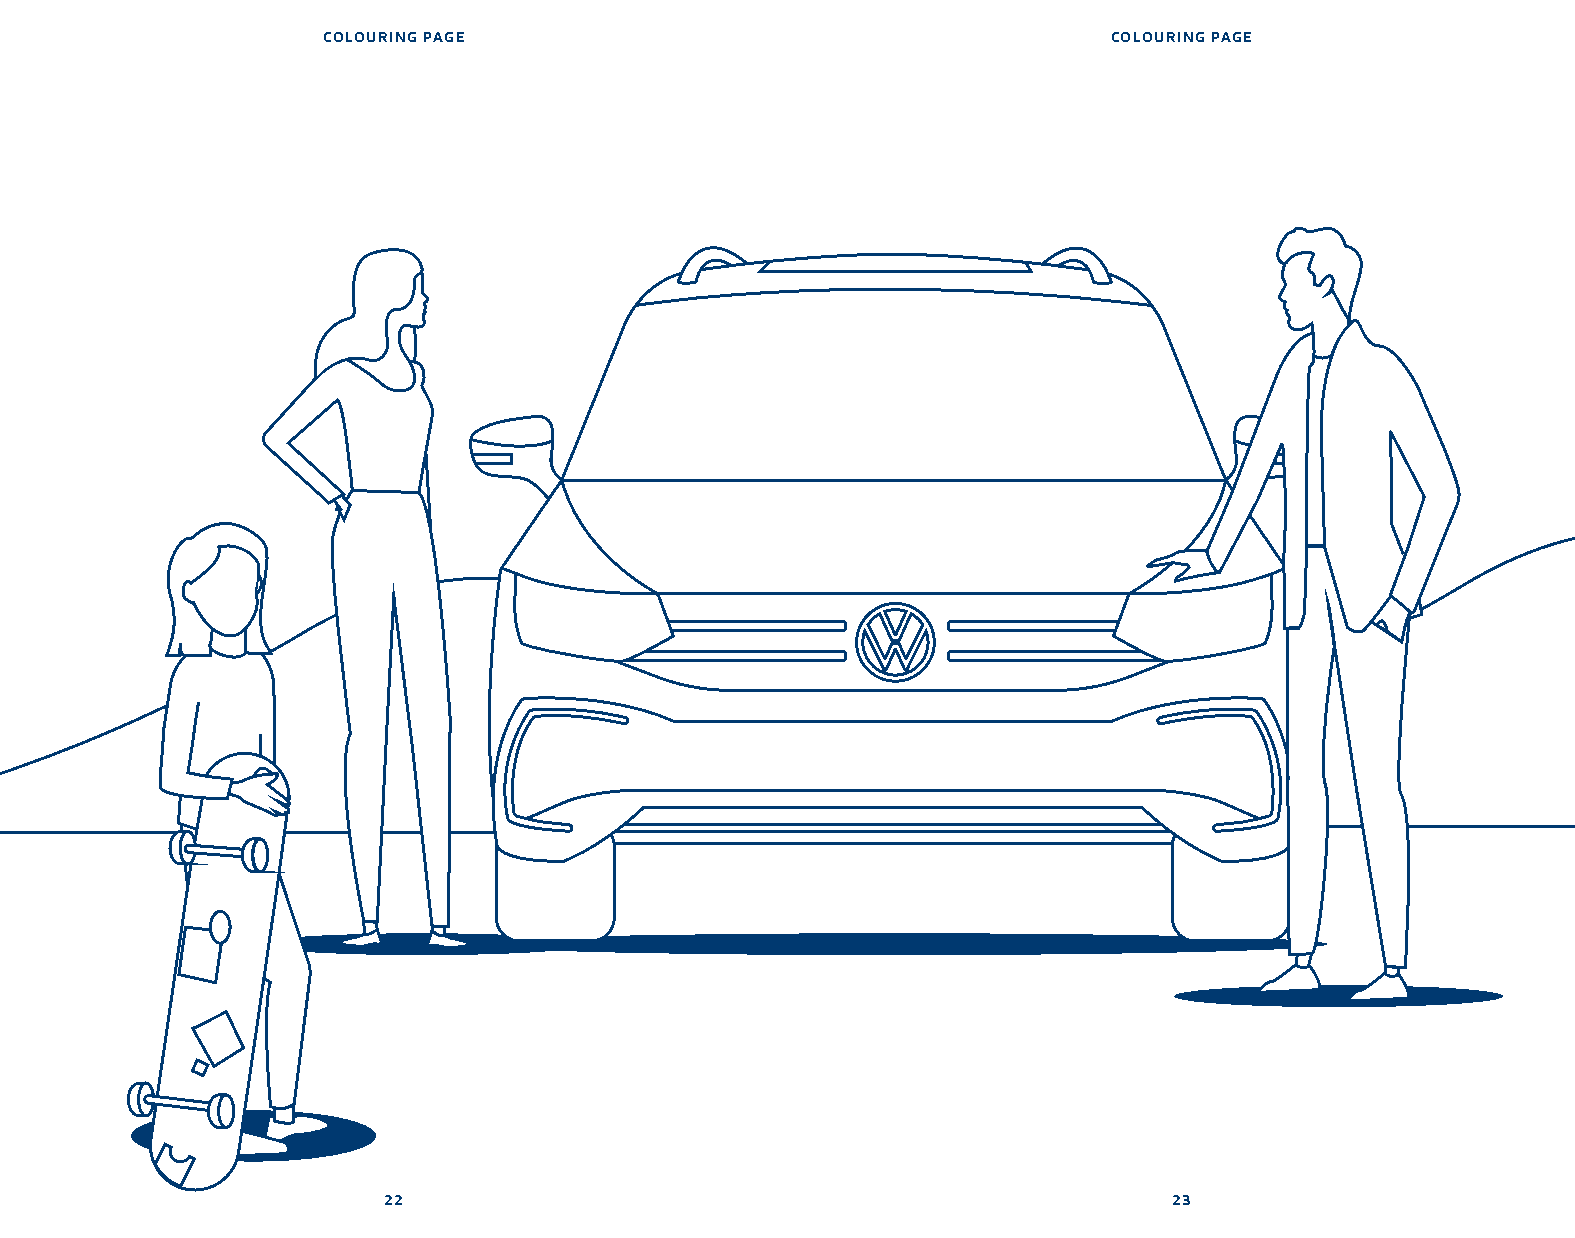
COLOURING PAGE                                       COLOURING PAGE
 22                                                   23